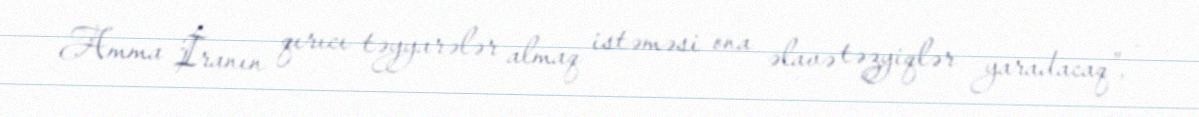
Amma İranın qırıcı təyyarələr almaq istəməsi ona əlavə təzyiqlər yaradacaq”, -